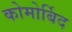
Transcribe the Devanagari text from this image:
कोमोर्बिद